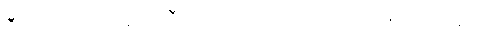
ဒီလိုပါပဲ။ အရမ်း ကြီးတော့အဆင်ပြေတယ်မဟုတ်ဘူး။